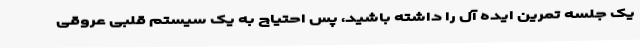
یک جلسه تمرین ایده آل را داشته باشید، پس احتیاج به یک سیستم قلبی عروقی